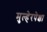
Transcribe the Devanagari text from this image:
मुल्हेरपेक्षा